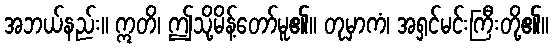
အဘယ်နည်း။ ဣတိ၊ ဤသို့မိန့်တော်မူ၏။ တုမှာကံ၊ အရှင်မင်းကြီးတို့၏။